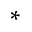
_ *